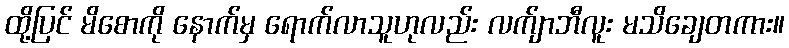
ထို့ပြင် မိစောကို နောက်မှ ရောက်လာသူဟုလည်း လက်ျာဘီလူး မသိချေတကား။